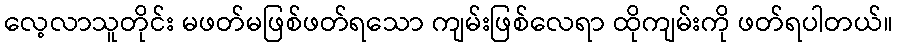
လေ့လာသူတိုင်း မဖတ်မဖြစ်ဖတ်ရသော ကျမ်းဖြစ်လေရာ ထိုကျမ်းကို ဖတ်ရပါတယ်။